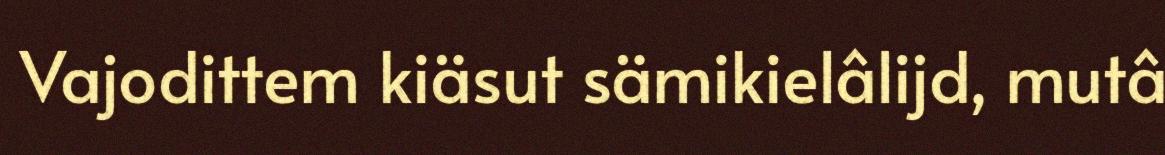
Vajodittem kiäsut sämikielâlijd, mutâ